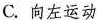
C. 向左运动